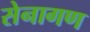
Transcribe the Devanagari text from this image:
सेनागण